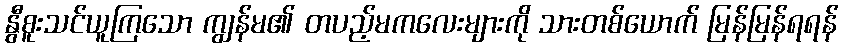
နွီစူးသင်ယူကြသော ကျွန်မ၏ တပည့်မကလေးများကို သားတစ်ယောက် မြန်မြန်ရရန်